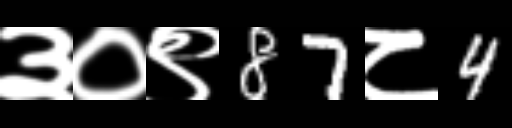
Text: ३०९87८4